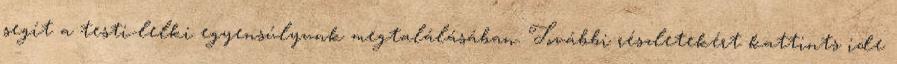
segít a testi-lelki egyensúlyunk megtalálásában. További részletekért kattints ide